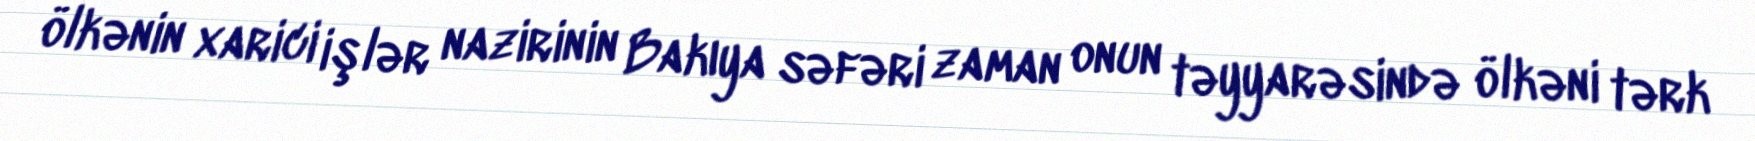
ölkənin xarici işlər nazirinin Bakıya səfəri zaman onun təyyarəsində ölkəni tərk